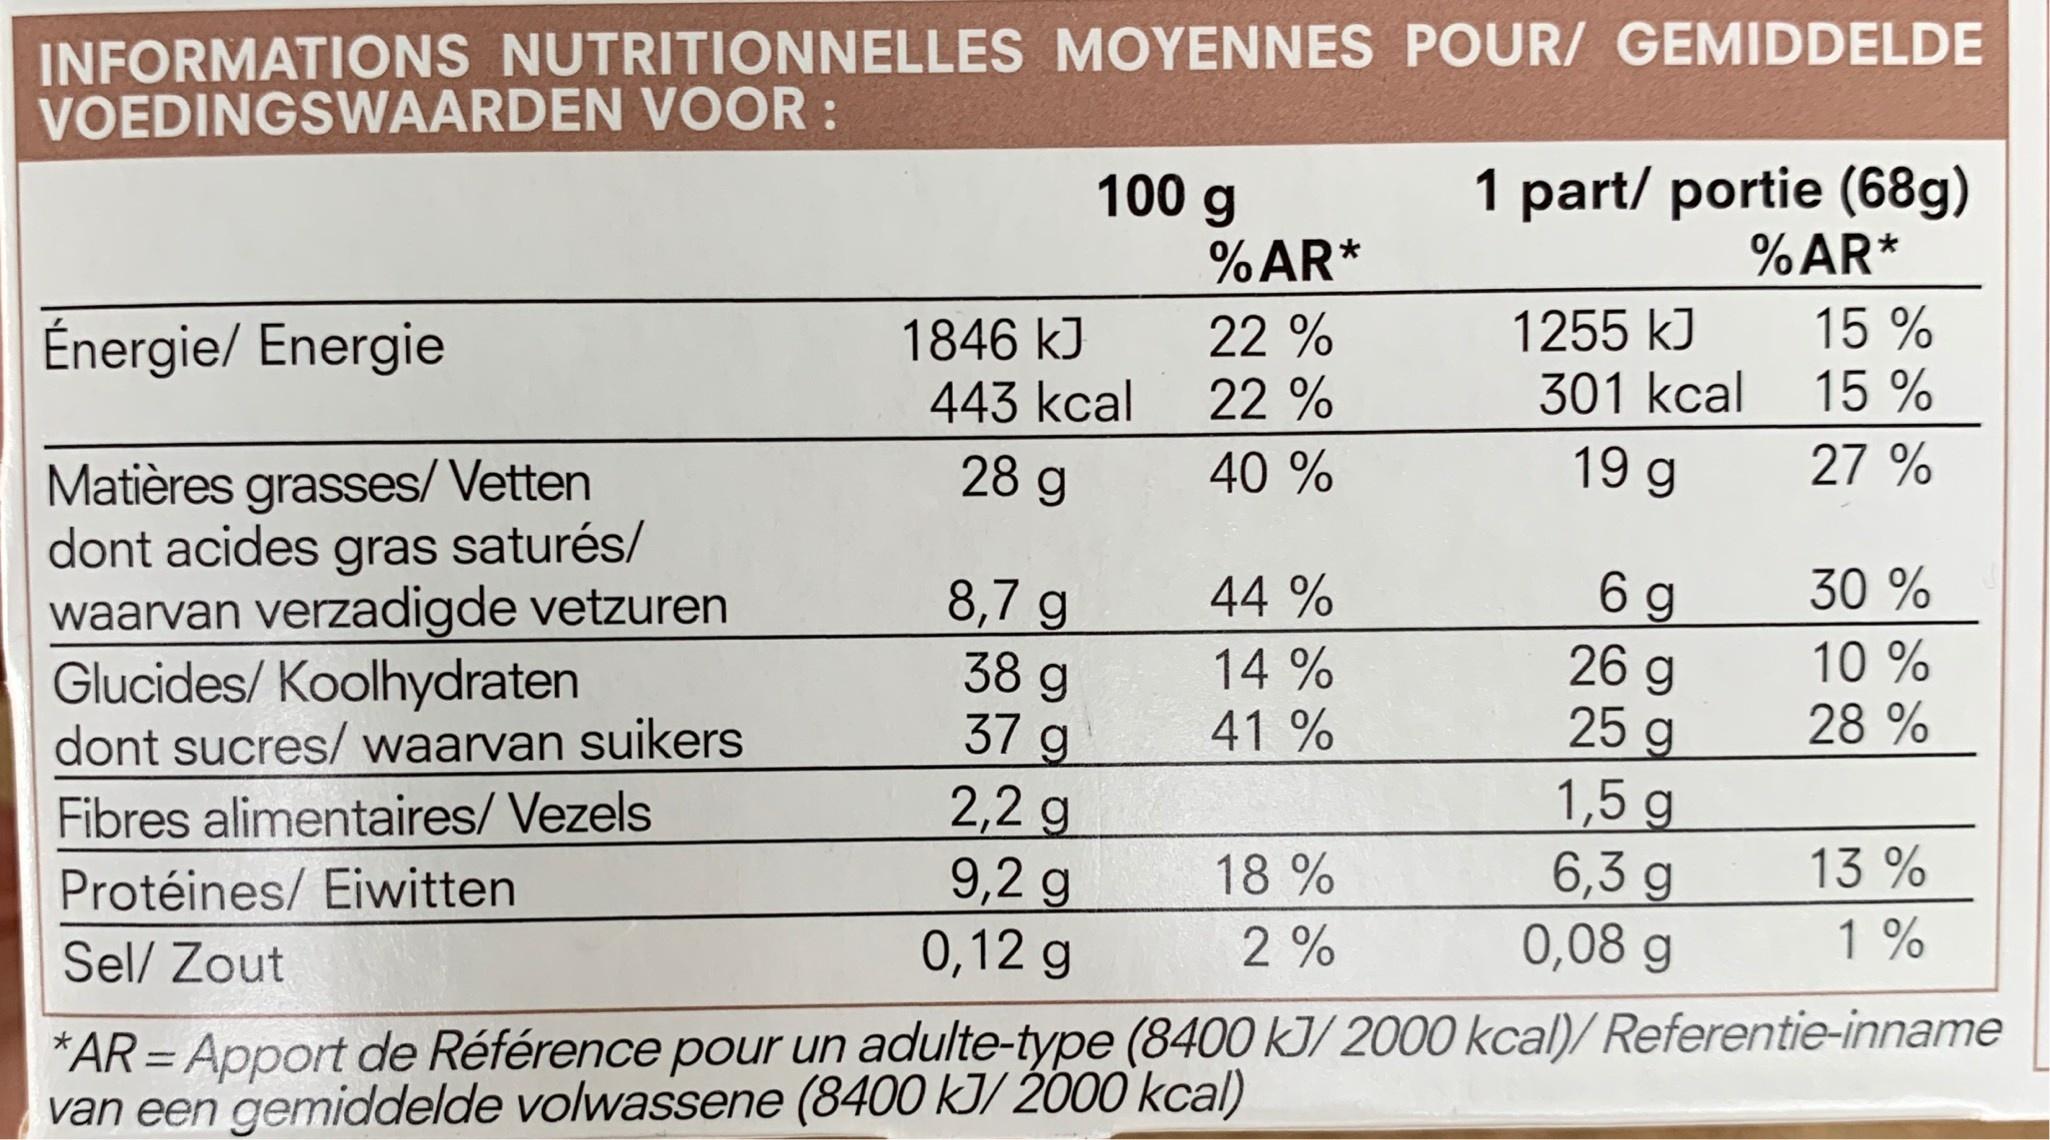
INFORMATIONS NUTRITIONNELLES MOYENNES POUR/ GEMIDDELDE VOEDINGSWAARDEN VOOR:
1 part/ portie (68g) %AR*
100 g
%AR*
1846 kJ 443 kcal
22 % 22 %
1255 kJ 301 kcal
15 % 15 %
Énergie/ Energie
28 g
40 %
19 g
27 %
Matières grasses/ Vetten dont acides gras saturés/ waarvan verzadigde vetzuren Glucides/ Koolhydraten dont sucres/ waarvan suikers
30 %
8,7 g 38 g 37 g 2,2 g 9,2 g 0,12 g
6 g 26 g 25 g 1,5 g 6,3 g 0,08 g
44 %
14 % 41 %
10 % 28 %
Fibres alimentaires/ Vezels
13 %
18 %
Protéines/ Eiwitten
1%
2 %
Sel/ Zout
*AR= Apport de Référence pour un adulte-type (8400 kJ/ 2000 kcal)/ Referentie-inname van een gemiddelde volwassene (8400 kJ/ 2000 kcal)